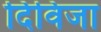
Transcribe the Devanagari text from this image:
दिविजा